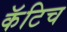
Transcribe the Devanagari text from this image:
कॅटिच